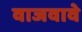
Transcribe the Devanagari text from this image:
वाजवावे